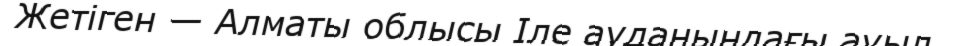
Жетіген — Алматы облысы Іле ауданындағы ауыл.